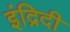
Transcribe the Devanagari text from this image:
इंद्रिदी